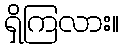
ရှိကြလား။